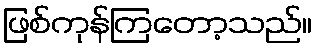
ဖြစ်ကုန်ကြတော့သည်။